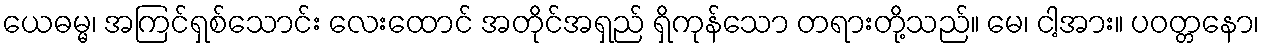
ယေဓမ္မ၊ အကြင်ရှစ်သောင်း လေးထောင် အတိုင်အရှည် ရှိကုန်သော တရားတို့သည်။ မေ၊ ငါ့အား။ ပဝတ္တနော၊